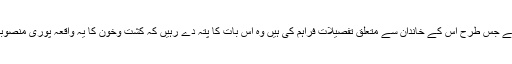
اب قانون نافذکرنے والے اداروں نے جس طرح اس کے خاندان سے متعلق تفصیلات فراہم کی ہیں وہ اس بات کا پتہ دے رہیں کہ کشت وخون کا یہ واقعہ پوری منصوبہ بندی کے ساتھ عمل میں لایاگیا۔